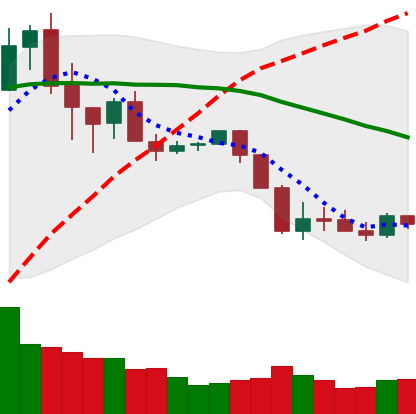
Ticker: XRP-USD
Chart end date: 2020-03-03
Forward return: -11.723%
Label: down_7plus